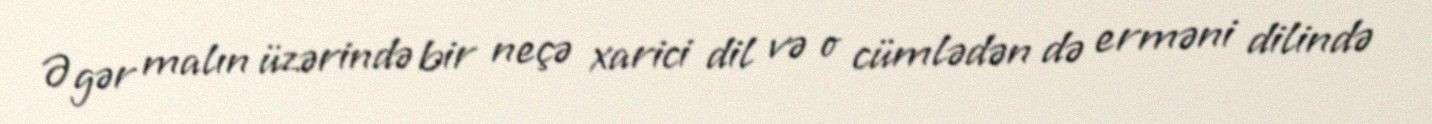
Əgər malın üzərində bir neçə xarici dil və o cümlədən də erməni dilində